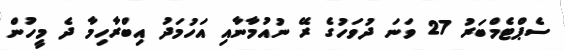
ސެޕްޓެމްބަރު 27 ވަނަ ދުވަހުގެ ރޭ ނުއުމާނާއި އަހުމަދު އިބްރާހިމާ ދެ މީހުން